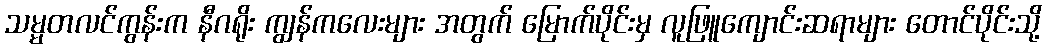
သမ္မတလင်ကွန်းက နီဂရိုး ကျွန်ကလေးများ အတွက် မြောက်ပိုင်းမှ လူဖြူကျောင်းဆရာများ တောင်ပိုင်းသို့